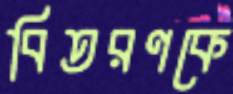
বিতরণকে